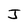
Character: J